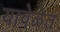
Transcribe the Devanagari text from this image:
यावेळेत